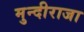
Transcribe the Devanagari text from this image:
मुन्दीराजा